On the morphology, teratology, and diclinism of the flowers of cannabis - Number 12
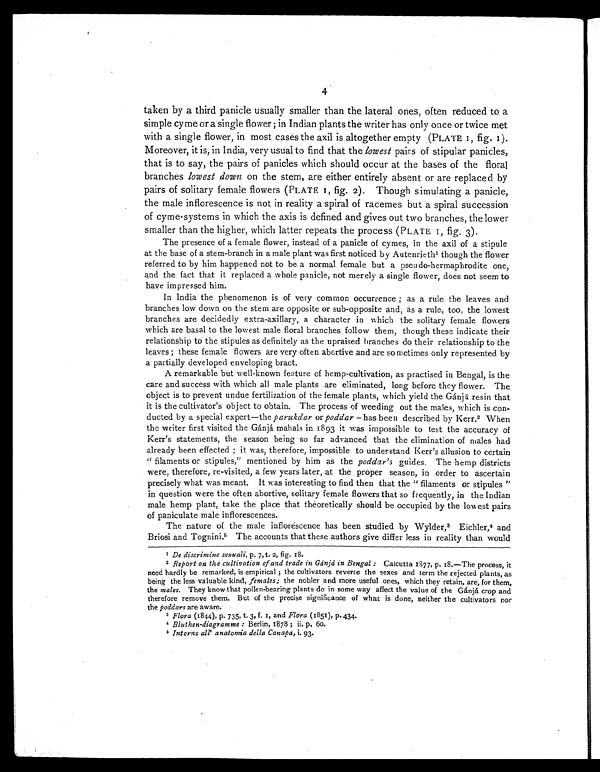
4
taken by a third panicle usually smaller than the lateral ones, often reduced to a
simple cyme or a single flower ; in Indian plants the writer has only once or twice met
with a single flower, in most cases the axil is altogether empty (PLATE 1, fig. 1).
Moreover, it is, in India, very usual to find that the lowest pairs of stipular panicles,
that is to say, the pairs of panicles which should occur at the bases of the floral
branches lowest down on the stem, are either entirely absent or are replaced by
pairs of solitary female flowers (PLATE 1, fig. 2). Though simulating a panicle,
the male inflorescence is not in reality a spiral of racemes but a spiral succession
of cyme-systems in which the axis is defined and gives out two branches, the lower
smaller than the higher, which latter repeats the process (PLATE 1, fig. 3).
The presence of a female flower, instead of a panicle of cymes, in the axil of a stipule
at the base of a stem-branch in a male plant was first noticed by Autenrieth 1
though the flower
referred to by him happened not to be a normal female but a pseudo-hermaphrodite one,
and the fact that it replaced a whole panicle, not merely a single flower, does not seem to
have impressed him.
In India the phenomenon is of very common occurrence ; as a rule the leaves and
branches low down on the stem are opposite or sub-opposite and, as a rule, too, the lowest
branches are decidedly extra-axillary, a character in which the solitary female flowers
which are basal to the lowest male floral branches follow them, though these indicate their
relationship to the stipules as definitely as the upraised branches do their relationship to the
leaves ; these female flowers are very often abortive and are sometimes only represented by
a partially developed enveloping bract.
A remarkable but well-known feature of hemp-cultivation, as practised in Bengal, is the
care and success with which all male plants are eliminated, long before they flower. The
object is to prevent undue fertilization of the female plants, which yield the Gánjá resin that
it is the cultivator's object to obtain. The process of weeding out the males, which is con-
ducted by a special expert—the parukdar or poddar —has been described by Kerr. 2 When
the writer first visited the Gánjá mahals in 1893 it was impossible to test the accuracy of
Kerr's statements, the season being so far advanced that the elimination of males had
already been effected ; it was, therefore, impossible to understand Kerr's allusion to certain
" filaments or stipules," mentioned by him as the poddar's guides. The hemp districts
were, therefore, re-visited, a few years later, at the proper season, in order to ascertain
precisely what was meant. It was interesting to find then that the " filaments or stipules "
in question were the often abortive, solitary female flowers that so frequently, in the Indian
male hemp plant, take the place that theoretically should be occupied by the lowest pairs
of paniculate male inflorescences.
The nature of the male inflorescence has been studied by Wylder, 3 Eichler, 4 and
Briosi and Tognini. 5 The accounts that these authors give differ less in reality than would
1De discrimine sexuali,p.7,t. 2,fig. 18.
2 Report on the cultivation of and trade in Gánjá in Bengal : Calcutta 1877, p. 18.—The process, it
need hardly be remarked, is empirical ; the cultivators reverse the sexes and term the rejected plants, as
being the less valuable kind, females; the nobler and more useful ones, which they retain, are, for them,
the males. They know that pollen-bearing plants do in some way affect the value of the Gánjá crop and
therefore remove them. But of the precise significance of what is done, neither the cultivators nor
the poddars are aware.
3 Flora (1844), p. 735, t. 3, f. 1, and Flora (1851), p. 434.
4 Bluthen-diagramme : Berlin, 1878 ; ii. p. 60.
5 Intorno all' anatomia della Canapa, i. 93.